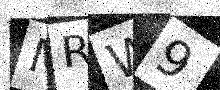
Text: MRW9